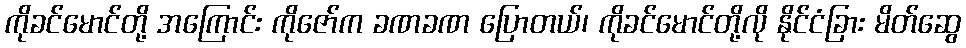
ကိုခင်မောင်တို့ အကြောင်း ကိုဇော်က ခဏခဏ ပြောတယ်၊ ကိုခင်မောင်တို့လို နိုင်ငံခြား မိတ်ဆွေ